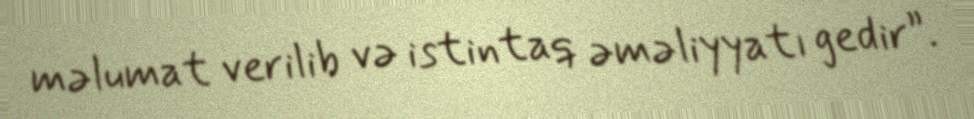
məlumat verilib və istintaq əməliyyatı gedir”.